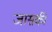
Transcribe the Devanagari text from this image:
जासकी